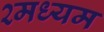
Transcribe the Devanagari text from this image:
२मध्यम